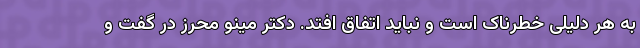
به هر دلیلی خطرناک است و نباید اتفاق افتد. دکتر مینو محرز در گفت و